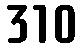
310